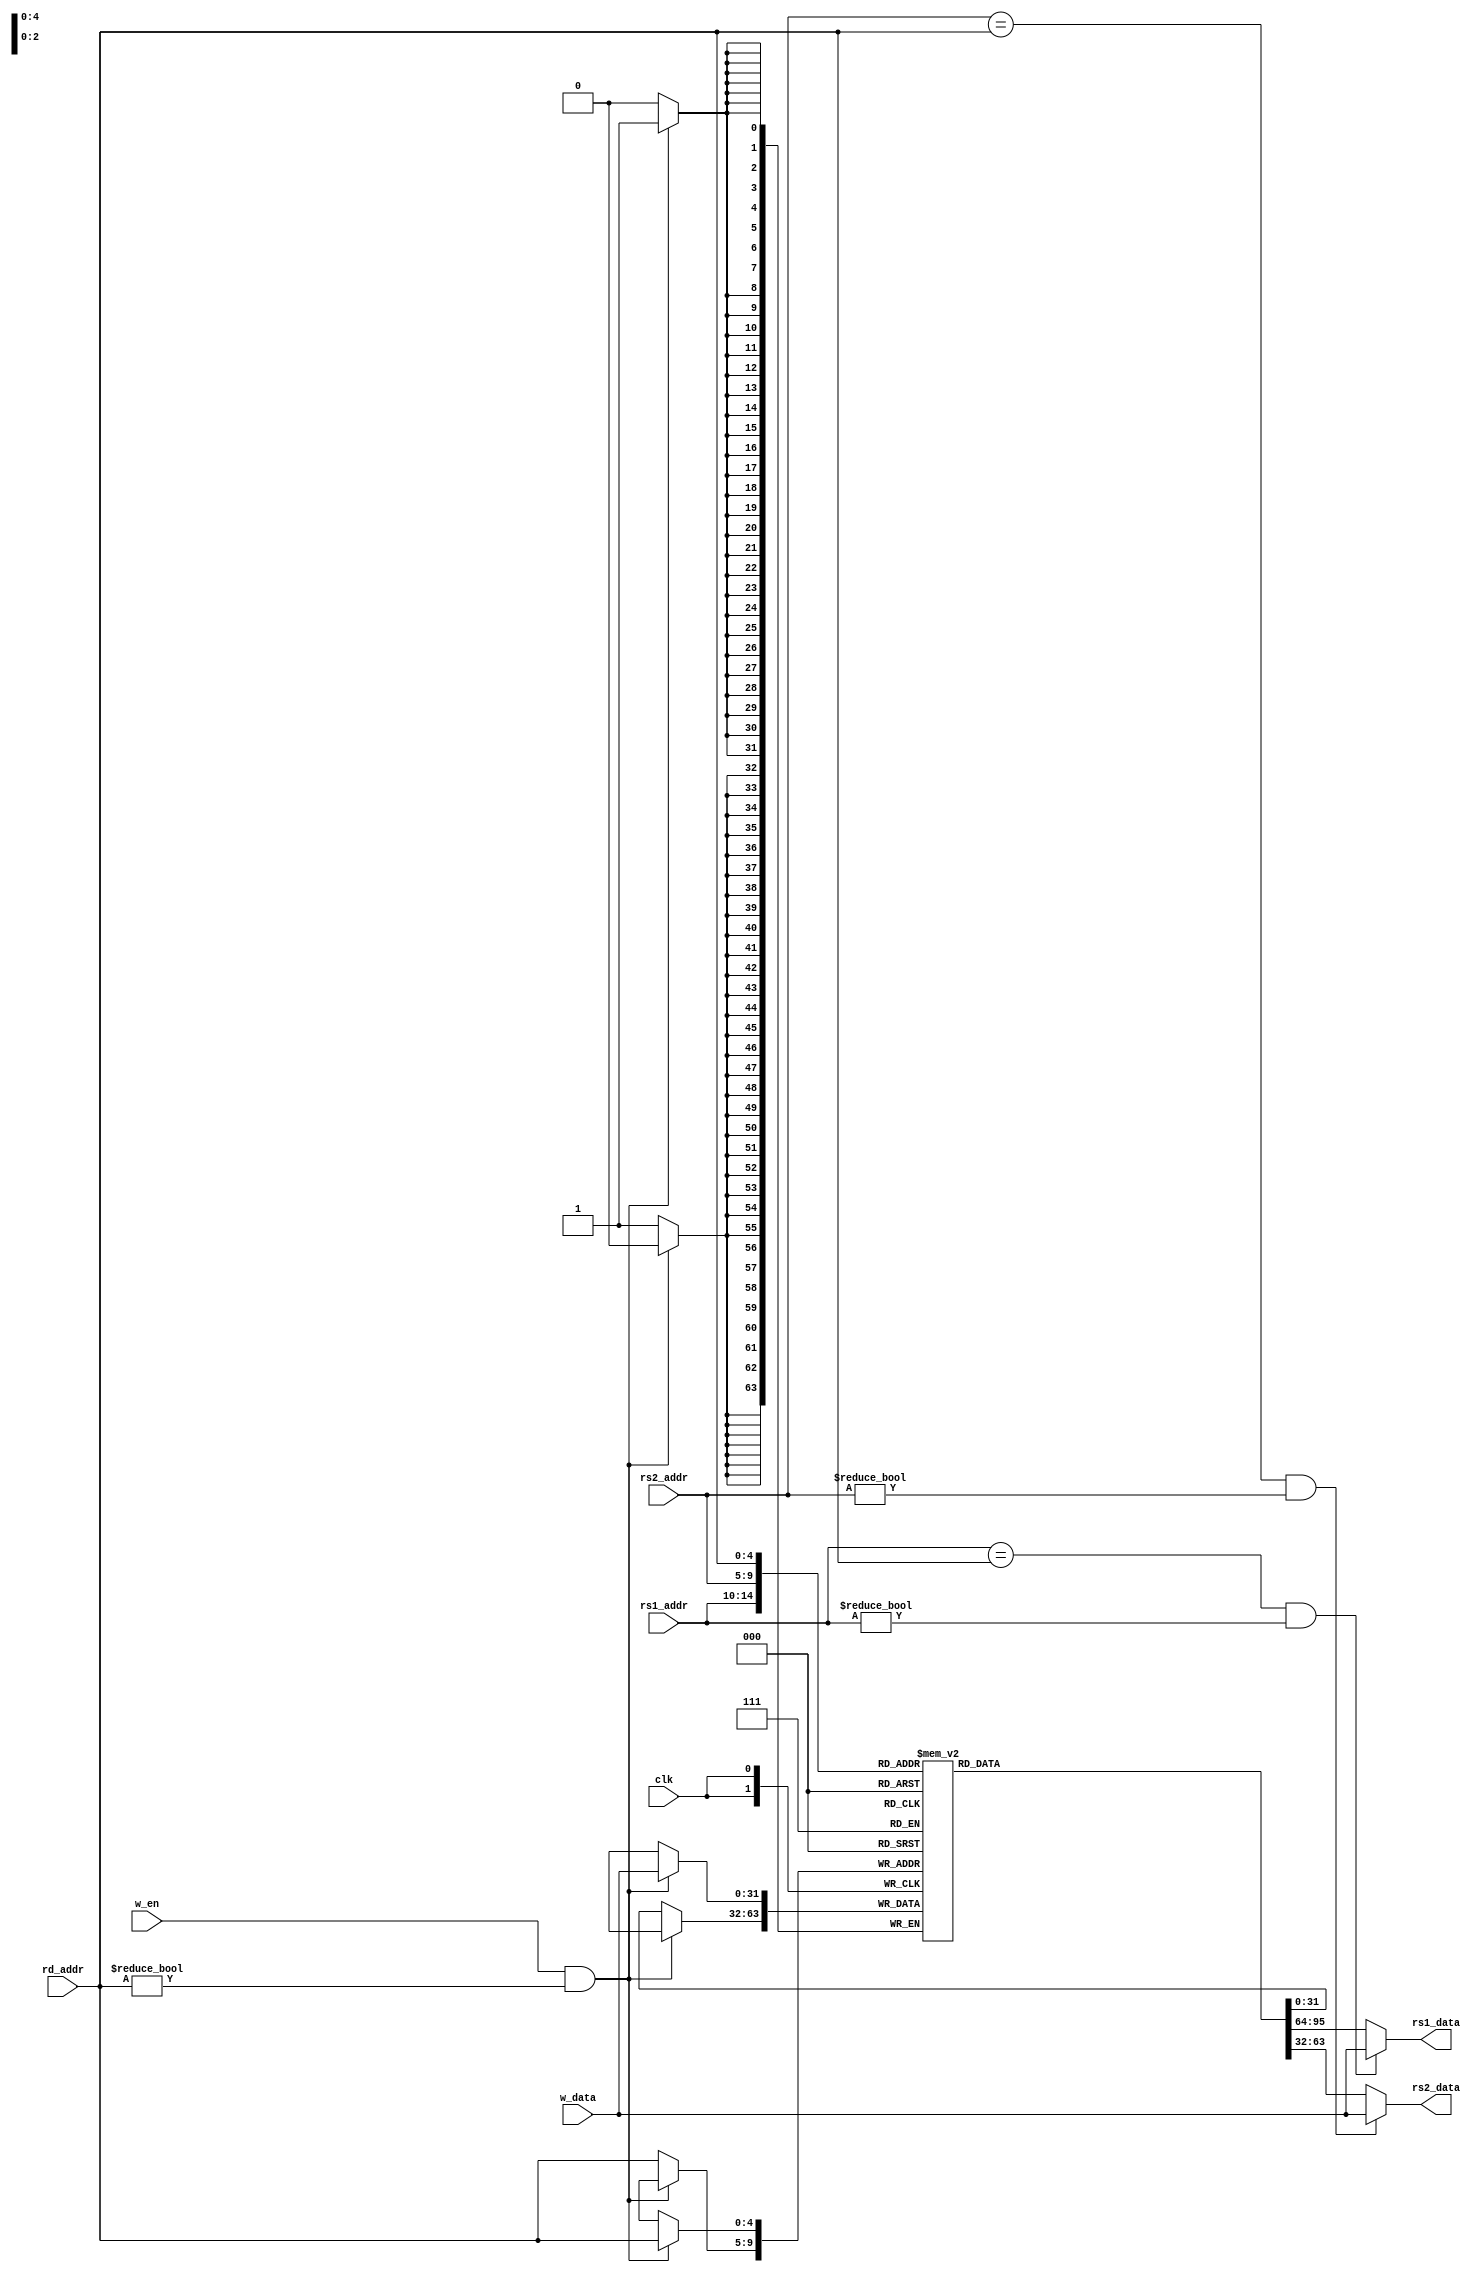
module regfile(
    input   wire [4:0]   rd_addr,
    input   wire [4:0]   rs1_addr,
    input   wire [4:0]   rs2_addr,
    input   wire [31:0]  w_data,
    input   wire         w_en,
    output  wire [31:0]  rs1_data,
    output  wire [31:0]  rs2_data,
    input   wire         clk
);

    reg [31:0] register[0:31];

    assign rs1_data = ((rs1_addr == rd_addr) && (rs1_addr != 5'b00000)) ? w_data 
                                                                        : register[rs1_addr];
    assign rs2_data = ((rs2_addr == rd_addr) && (rs2_addr != 5'b00000)) ? w_data 
                                                                        : register[rs2_addr];

    initial begin
        register[0] = 32'h0000_0000;
    end

    always @(posedge clk) begin
        if(w_en == 1 && rd_addr != 5'b00000) begin
            register[rd_addr] <= w_data;
        end else begin
            register[rd_addr] <= register[rd_addr];
        end
    end
endmodule